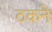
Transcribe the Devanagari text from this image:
ठकने